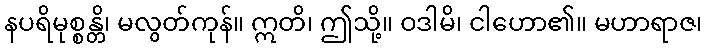
နပရိမုစ္စန္တိ၊ မလွတ်ကုန်။ ဣတိ၊ ဤသို့။ ဝဒါမိ၊ ငါဟော၏။ မဟာရာဇ၊